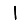
Digit: 1